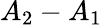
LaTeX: A_{2}-A_{1}